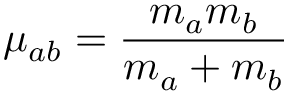
\mu _ { a b } = \frac { m _ { a } m _ { b } } { m _ { a } + m _ { b } }